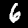
Digit: 6